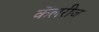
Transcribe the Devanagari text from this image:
कॅलरीज